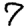
Digit: 7